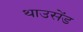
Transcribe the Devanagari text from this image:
थाउसेंड